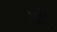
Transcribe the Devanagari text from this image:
भतोर